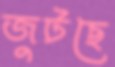
জুটছে